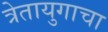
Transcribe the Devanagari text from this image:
त्रेतायुगाचा